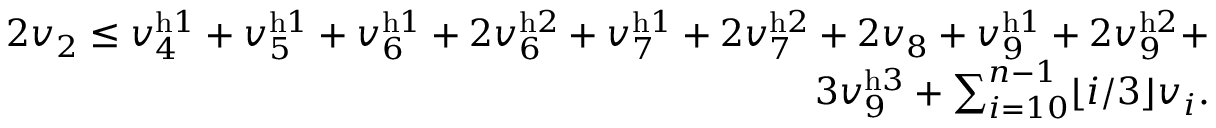
\begin{array} { r } { 2 v _ { 2 } \leq v _ { 4 } ^ { \mathrm { h } 1 } + v _ { 5 } ^ { \mathrm { h } 1 } + v _ { 6 } ^ { \mathrm { h } 1 } + 2 v _ { 6 } ^ { \mathrm { h } 2 } + v _ { 7 } ^ { \mathrm { h } 1 } + 2 v _ { 7 } ^ { \mathrm { h } 2 } + 2 v _ { 8 } + v _ { 9 } ^ { \mathrm { h } 1 } + 2 v _ { 9 } ^ { \mathrm { h } 2 } + } \\ { 3 v _ { 9 } ^ { \mathrm { h } 3 } + \sum _ { i = 1 0 } ^ { n - 1 } \lfloor i / 3 \rfloor v _ { i } . } \end{array}